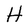
Character: H